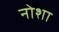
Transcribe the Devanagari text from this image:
नोशा